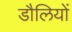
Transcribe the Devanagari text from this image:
डौलियों